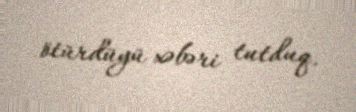
ötürdüyü xəbəri tutduq.